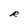
Character: R